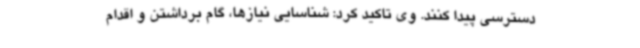
دسترسی پیدا کنند. وی تاکید کرد: شناسایی نیازها، گام برداشتن و اقدام